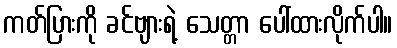
ကတ်ပြားကို ခင်ဗျားရဲ့ သေတ္တာ ပေါ်ထားလိုက်ပါ။